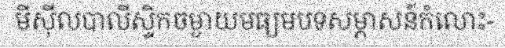
មីស៊ីលបាលីស្ទិកចម្ងាយមធ្យមបទសម្ភាសន៍កំលោះ-